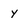
Character: Y